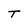
Character: T